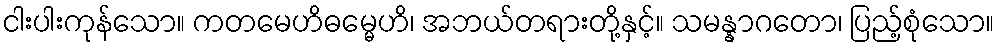
ငါးပါးကုန်သော။ ကတမေဟိဓမ္မေဟိ၊ အဘယ်တရားတို့နှင့်။ သမန္နာဂတော၊ ပြည့်စုံသော။